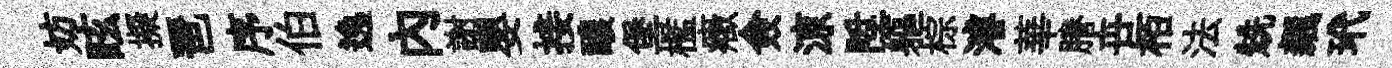
妨眩擬琶序伯逸内謝嬰接醲堡檻癥僉鿌陞軀棕濬華謄卋栢法兟飆玳